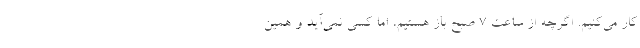
کار می‌کنیم. اگرچه از ساعت ۷ صبح باز هستیم، اما کسی نمی‌آید و همین